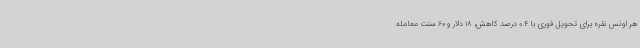
هر اونس نقره برای تحویل فوری با 0.4 درصد کاهش، 18 دلار و 60 سنت معامله